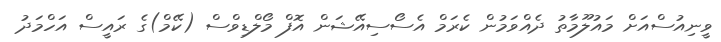
ވީނިއުސްއަށް މައުލޫމާތު ދެއްވަމުން ކެރަމް އެސޯސިއޭޝަން އޮފް މޯލްޑިވްސް (ކޭމް)ގެ ރައީސް އަހްމަދު